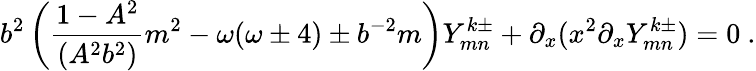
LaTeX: b^{2}\left(\frac{1-A^{2}}{(A^{2}b^{2})}m^{2}-\omega(\omega\pm 4)\pm b^{-2}m\right)Y_{mn}^{k\pm}+\partial_{x}(x^{2}\partial_{x}Y_{mn}^{k\pm})=0\ .